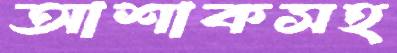
আশাকসহ